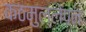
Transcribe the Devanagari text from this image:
कठमुल्लेपन